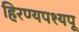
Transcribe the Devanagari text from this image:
हिरण्यपश्यपू